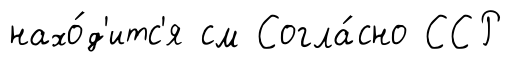
нахо́д'итс'я см Согла́сно ССР